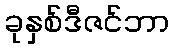
ခုနှစ်ဒီဇင်ဘာ